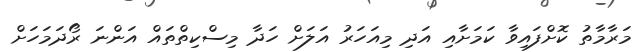
މަރާމާތު ކޮށްފައިވާ ކަމަށާއި އަދި މިއަހަރު އަލަށް ހަދާ މިސްކިތްތައް އަންނަ ރޯދަމަހަށް